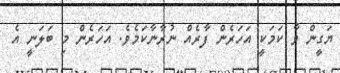
ޔަގީން ވާ ކަމަކީ އަހަރެން ފާރެއް ނުރާނާކަމެވެ. އަހަރެން މި ބަލަނީ އެ